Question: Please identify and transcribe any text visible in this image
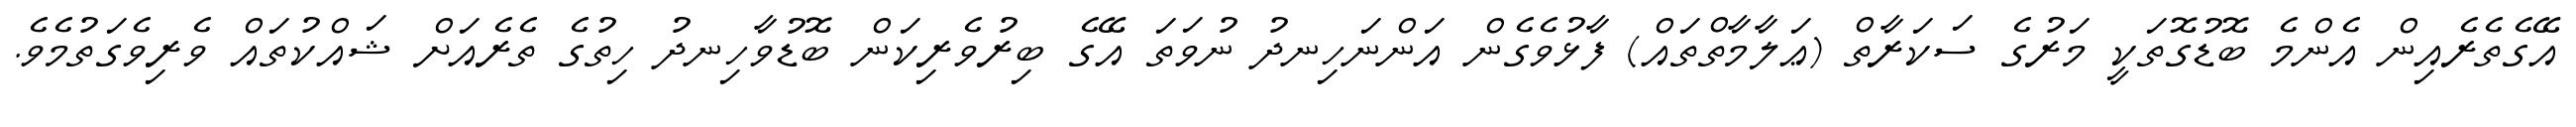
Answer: އޭގެތެރެއިން އެންމެ ބޮޑުގޮތަކީ މަރުގެ ސަކަރާތް (ޢަލާމާތްތައް) ފާޅުވެގެން އަންނަހިނދު ނުވަތަ އޭގެ ބިރުވެރިކަން ބޮޑުވާހިނދު ހިތުގެ ތެރެއަށް ޝައްކުތައް ވެރިވެގަތުމެވެ.